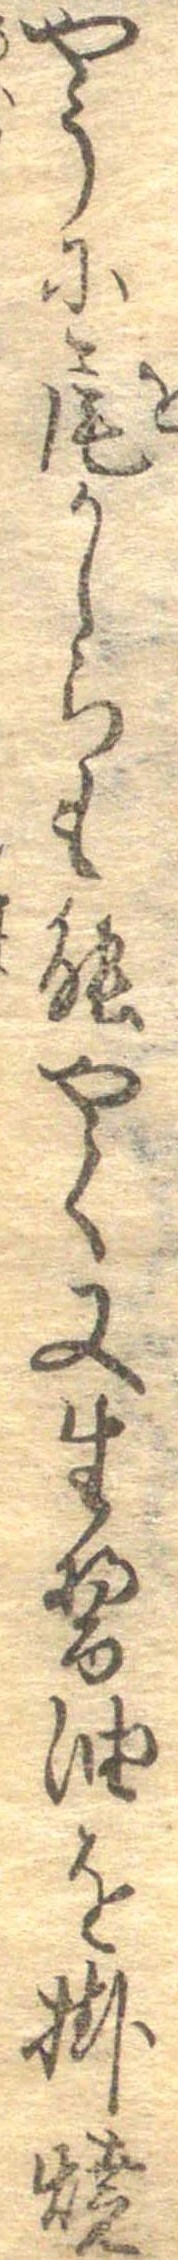
やうに尾かしらも能やく又生醤油を掛焼